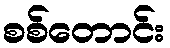
စစ်တောင်း